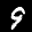
Label: 9